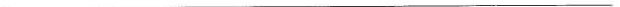
___